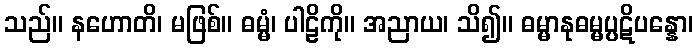
သည်။ နဟောတိ၊ မဖြစ်။ ဓမ္မံ၊ ပါဠိကို။ အညာယ၊ သိ၍။ ဓမ္မာနုဓမ္မပ္ပဋိပန္နော၊